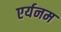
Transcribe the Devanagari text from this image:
एर्यनम